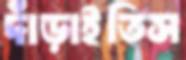
দাঁড়াইতিস